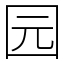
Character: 园